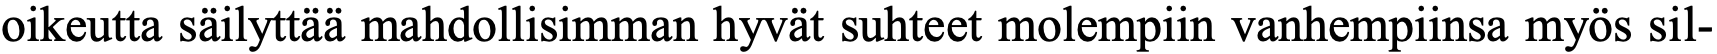
oikeutta säilyttää mahdollisimman hyvät suhteet molempiin vanhempiinsa myös sil-